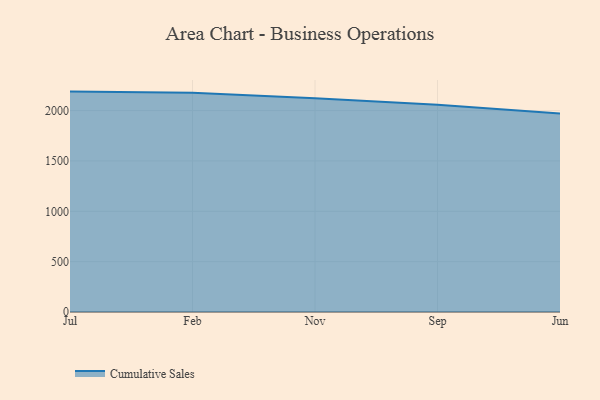
{"axis": {"x": "Month", "y": "Latency (ms)"}, "legend": ["Cumulative Sales"], "data": [{"x": "Jul", "y": 2188.7, "type": "Cumulative Sales"}, {"x": "Feb", "y": 2177.3, "type": "Cumulative Sales"}, {"x": "Nov", "y": 2122.8, "type": "Cumulative Sales"}, {"x": "Sep", "y": 2057.7, "type": "Cumulative Sales"}, {"x": "Jun", "y": 1972.3, "type": "Cumulative Sales"}]}